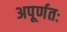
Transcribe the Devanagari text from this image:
अपूर्णतः